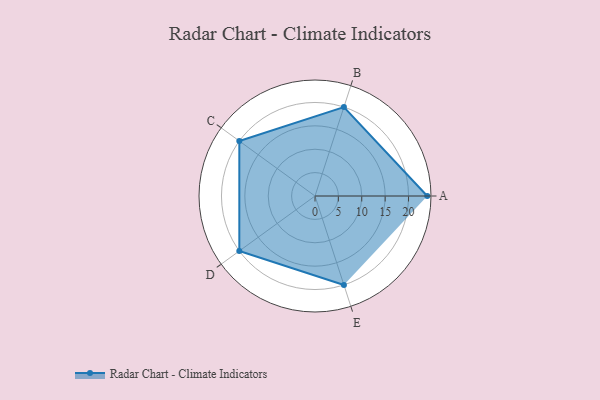
{"axis": {"x": "Skill", "y": "Score"}, "legend": ["Profile"], "data": [{"x": "A", "y": 24.0, "type": "Profile"}, {"x": "B", "y": 20.0, "type": "Profile"}, {"x": "C", "y": 20, "type": "Profile"}, {"x": "D", "y": 20, "type": "Profile"}, {"x": "E", "y": 20, "type": "Profile"}]}